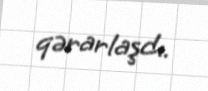
qərarlaşdı.